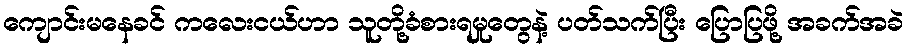
ကျောင်းမနေခင် ကလေးငယ်ဟာ သူတို့ခံစားရမှုတွေနဲ့ ပတ်သက်ပြီး ပြောပြဖို့ အခက်အခဲ